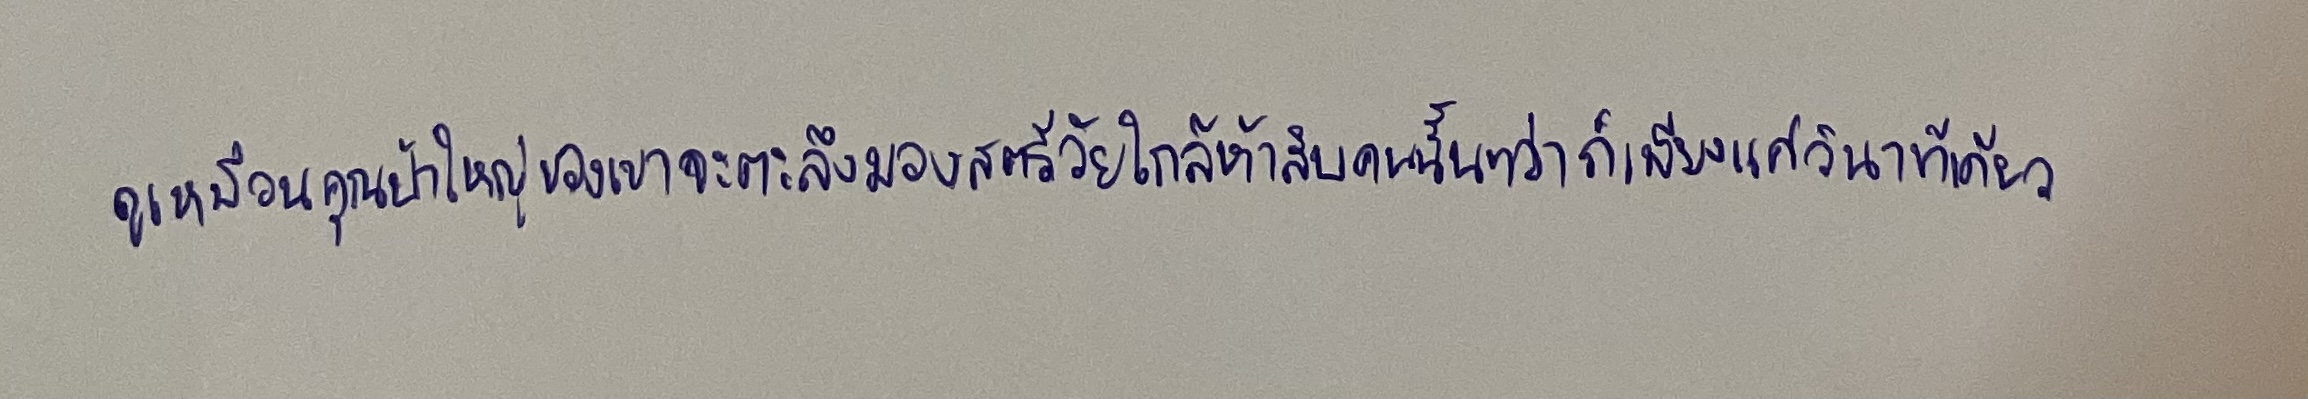
ดูเหมือนคุณป้าใหญ่ของเขาจะตะลึงมองสตรีวัยใกล้ห้าสิบคนนั้นทว่าก็เพียงแค่วินาทีเดียว